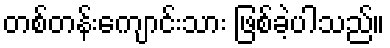
တစ်တန်းကျောင်းသား ဖြစ်ခဲ့ပါသည်။